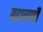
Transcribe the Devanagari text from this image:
ब्रह्मवाणी